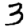
Digit: 3